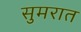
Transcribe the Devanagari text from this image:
सुमरात